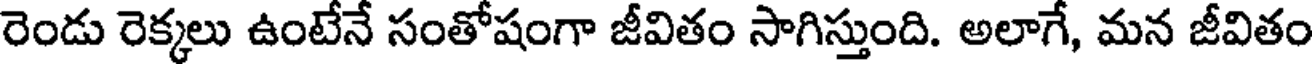
రెండు రెక్కలు ఉంటేనే సంతోషంగా జీవితం సాగిస్తుంది. అలాగే, మన జీవితం